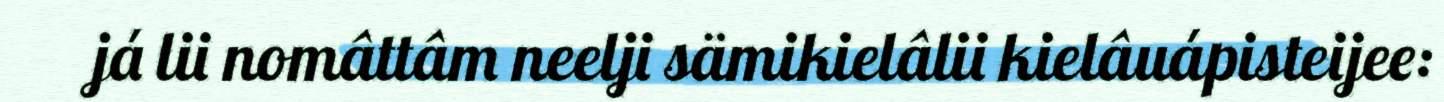
já lii nomâttâm neelji sämikielâlii kielâuápisteijee: